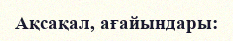
Ақсақал, ағайындары: